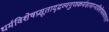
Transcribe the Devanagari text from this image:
धर्मविशेषप्रसूताद्द्रव्यगुणकर्मसामान्यविशेषसमवायानां